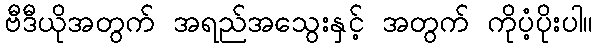
ဗီဒီယိုအတွက် အရည်အသွေးနှင့် အတွက် ကိုပံ့ပိုးပါ။